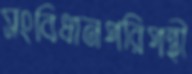
সংবিধানপরিপন্থী